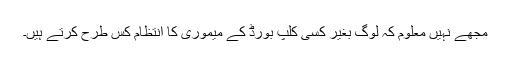
مجھے نہیں معلوم کہ لوگ بغیر کسی کلپ بورڈ کے میموری کا انتظام کس طرح کرتے ہیں۔